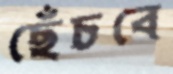
ছেঁচবে